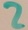
Text: 2